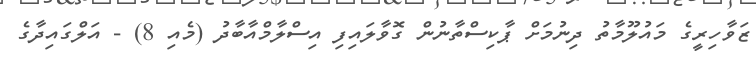
ޒަވާހިރީގެ މައުލޫމާތު ދިނުމަށް ޕާކިސްތާނުން ގޮވާލައިފި އިސްލާމްއާބާދު (މެއި 8) - އަލްގައިދާގެ